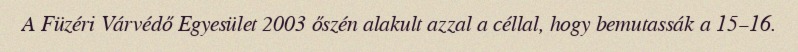
A Füzéri Várvédő Egyesület 2003 őszén alakult azzal a céllal, hogy bemutassák a 15–16.